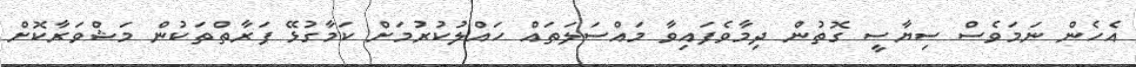
އެހެން ނަމަވެސް ސިޔާސީ ގޮތުން ދިމާވެފައިވާ މައްސަލަތައް ހައްލުކުރުމަށް ކަމާގުޅޭ ފަރާތްތަކުން މަޝްވަރާކޮށް